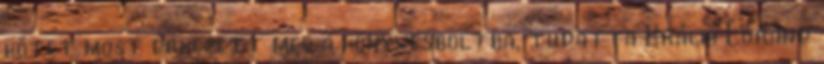
kötet most érkezett meg a könyvesboltba, tudatta Králik Lóránd